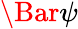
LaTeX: \Bar{\psi}